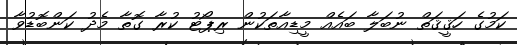
ކަމުގެ ހަޤީޤަތް ނުބަލާ ބައެއް މީޑިއާތަކުން ރިޕޯޓު ކުރާ ގޮތާ މެދު ކަންބޮޑުވާ